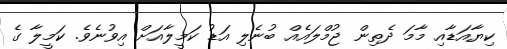
ކިޔާއަޑާއި މާމަ ދެތިން ޖުމްލައެއް ބުނެލި އަޑު ކަމީލާއަށް އިވުނެވެ. ކަމީލާ ގެ